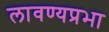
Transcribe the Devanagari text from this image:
लावण्यप्रभा